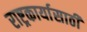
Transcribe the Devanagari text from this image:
राष्ट्रकार्यासाठी